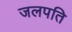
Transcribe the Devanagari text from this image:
जलपति